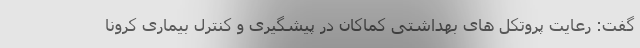
گفت: رعایت پروتکل های بهداشتی کماکان در پیشگیری و کنترل بیماری کرونا